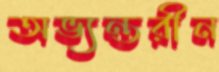
অভ্যন্তরীন